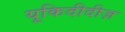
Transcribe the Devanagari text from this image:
यूकिदीदीज़